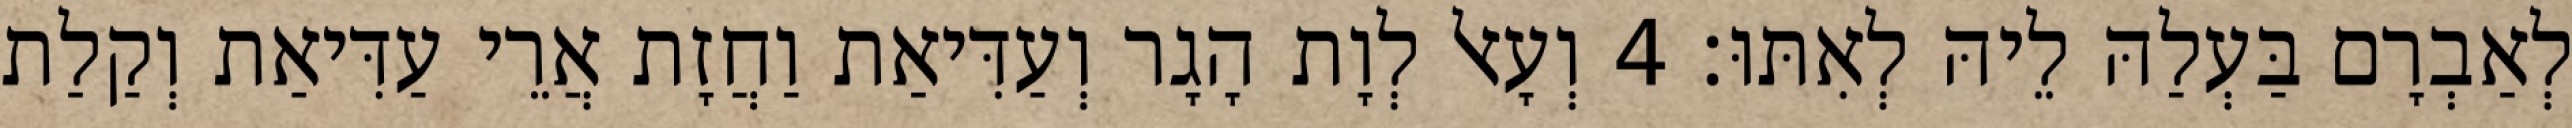
לְאַבְרָם בַּעְלַהּ לֵיהּ לְאִתּוּ׃ 4 וְעָאל לְוָת הָגָר וְעַדִּיאַת וַחֲזָת אֲרֵי עַדִּיאַת וְקַלַת